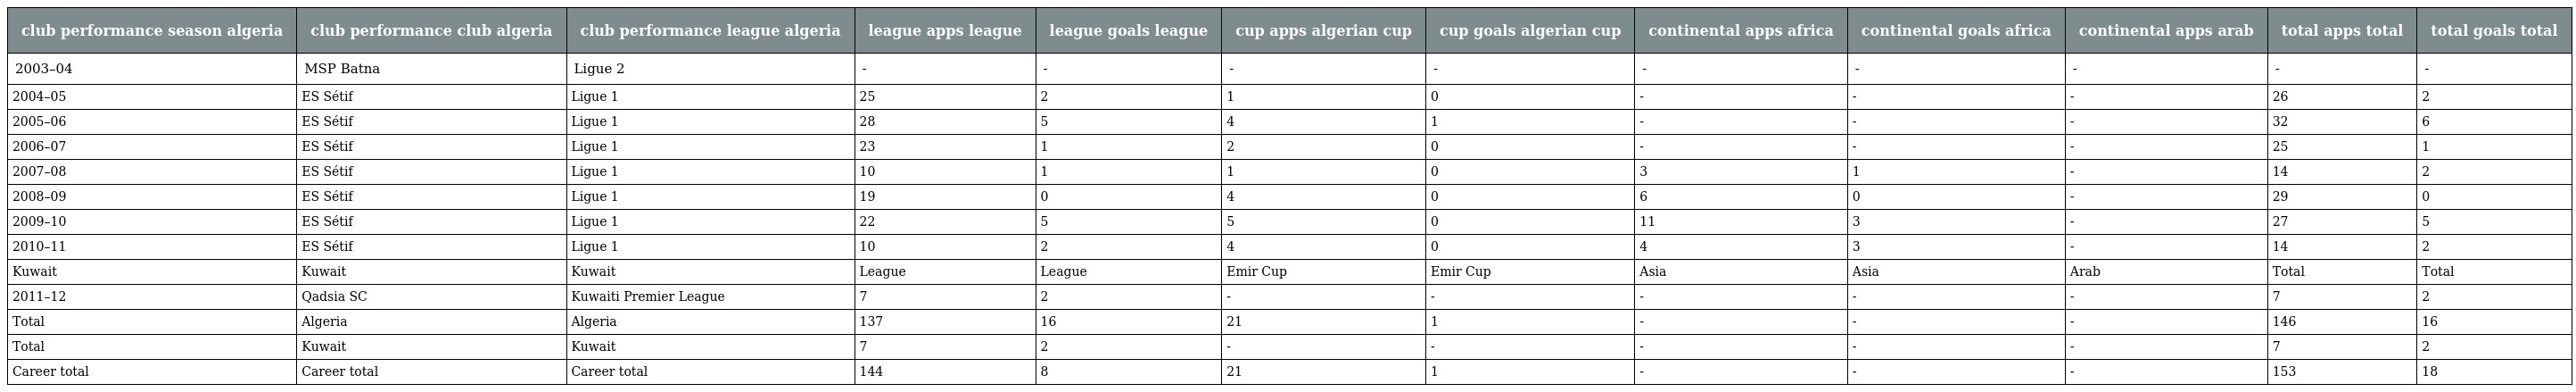
| club performance season algeria | club performance club algeria | club performance league algeria | league apps league | league goals league | cup apps algerian cup | cup goals algerian cup | continental apps africa | continental goals africa | continental apps arab | total apps total | total goals total |
 | --- | --- | --- | --- | --- | --- | --- | --- | --- | --- | --- | --- |
 | 2003–04 | MSP Batna | Ligue 2 | - | - | - | - | - | - | - | - | - |
 | 2004–05 | ES Sétif | Ligue 1 | 25 | 2 | 1 | 0 | - | - | - | 26 | 2 |
 | 2005–06 | ES Sétif | Ligue 1 | 28 | 5 | 4 | 1 | - | - | - | 32 | 6 |
 | 2006–07 | ES Sétif | Ligue 1 | 23 | 1 | 2 | 0 | - | - | - | 25 | 1 |
 | 2007–08 | ES Sétif | Ligue 1 | 10 | 1 | 1 | 0 | 3 | 1 | - | 14 | 2 |
 | 2008–09 | ES Sétif | Ligue 1 | 19 | 0 | 4 | 0 | 6 | 0 | - | 29 | 0 |
 | 2009–10 | ES Sétif | Ligue 1 | 22 | 5 | 5 | 0 | 11 | 3 | - | 27 | 5 |
 | 2010–11 | ES Sétif | Ligue 1 | 10 | 2 | 4 | 0 | 4 | 3 | - | 14 | 2 |
 | Kuwait | Kuwait | Kuwait | League | League | Emir Cup | Emir Cup | Asia | Asia | Arab | Total | Total |
 | 2011–12 | Qadsia SC | Kuwaiti Premier League | 7 | 2 | - | - | - | - | - | 7 | 2 |
 | Total | Algeria | Algeria | 137 | 16 | 21 | 1 | - | - | - | 146 | 16 |
 | Total | Kuwait | Kuwait | 7 | 2 | - | - | - | - | - | 7 | 2 |
 | Career total | Career total | Career total | 144 | 8 | 21 | 1 | - | - | - | 153 | 18 |